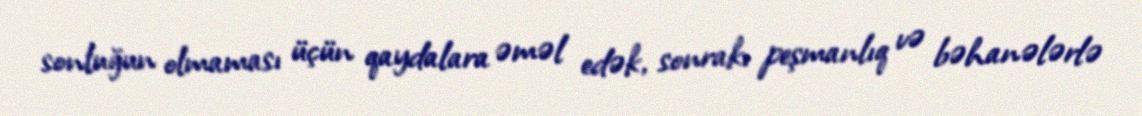
sonluğun olmaması üçün qaydalara əməl edək, sonrakı peşmanlıq və bəhanələrlə